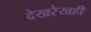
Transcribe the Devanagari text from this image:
देखरेखही